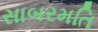
સાબરમતિ